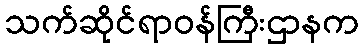
သက်ဆိုင်ရာဝန်ကြီးဌာနက